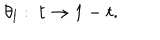
LaTeX: \theta _ { l } : \ t \rightarrow 1 - t .